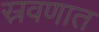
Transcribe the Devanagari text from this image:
स्रवणात